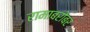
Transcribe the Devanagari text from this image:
रामाबरोबर